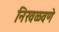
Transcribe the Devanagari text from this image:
निखळवणे